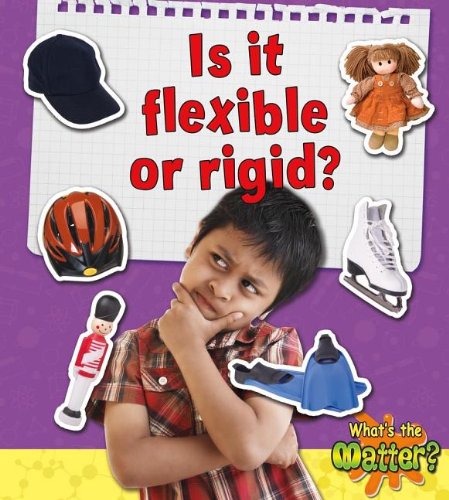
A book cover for Is It Flexible or Rigid? (What's the Matter?); Sheila Fletcher; Children's Books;